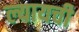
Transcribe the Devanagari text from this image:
ल्यायची